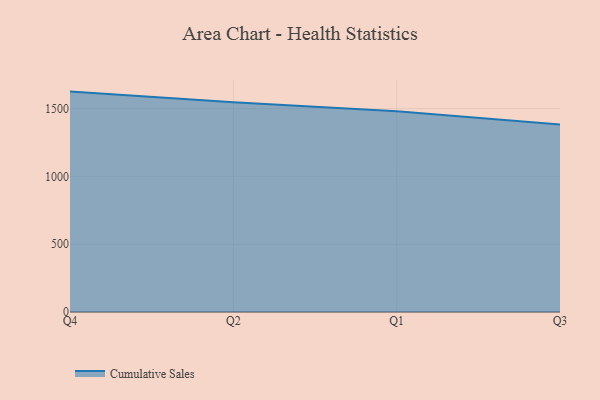
{"axis": {"x": "Quarter", "y": "Latency (ms)"}, "legend": ["Cumulative Sales"], "data": [{"x": "Q4", "y": 1625.8, "type": "Cumulative Sales"}, {"x": "Q2", "y": 1546.6, "type": "Cumulative Sales"}, {"x": "Q1", "y": 1481.1, "type": "Cumulative Sales"}, {"x": "Q3", "y": 1382.3, "type": "Cumulative Sales"}]}